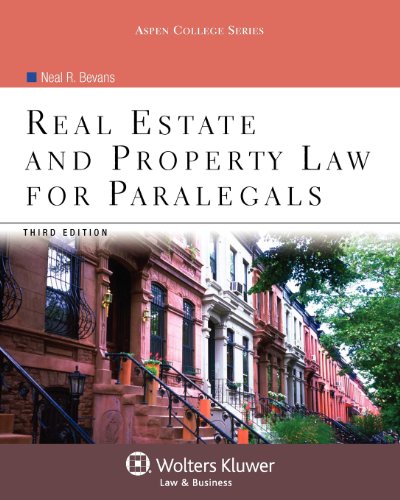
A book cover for Real Estate & Property Law for Paralegals, Third Edition (Aspen College); Neal R. Bevans; Business & Money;